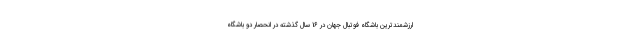
ارزشمندترین باشگاه فوتبال جهان در 16 سال گذشته در انحصار دو باشگاه